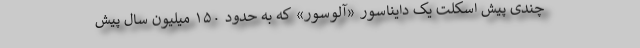
چندی ‌پیش اسکلت یک دایناسور «آلوسور» که به حدود ۱۵۰ میلیون سال پیش